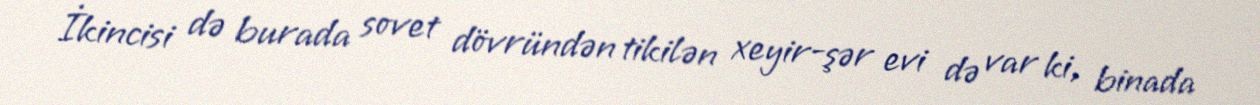
İkincisi də burada sovet dövründən tikilən xeyir-şər evi də var ki, binada